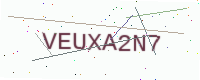
Text: VEUXA2N7